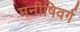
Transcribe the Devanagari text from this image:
मनीषिवर्ग